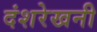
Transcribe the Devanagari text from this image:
दंशरेखनी